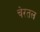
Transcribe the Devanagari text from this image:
चेरतल